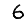
Digit: 6